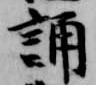
誦